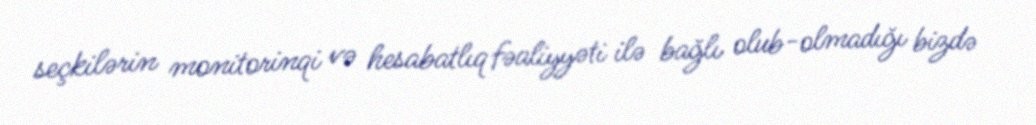
seçkilərin monitorinqi və hesabatlıq fəaliyyəti ilə bağlı olub-olmadığı bizdə